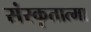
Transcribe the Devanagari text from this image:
संस्कृतात्मा